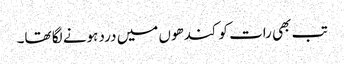
تب بھی رات کو کندھوں میں درد ہونے لگا تھا۔